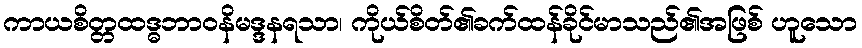
ကာယစိတ္တထဒ္ဓဘာဝနိမဒ္ဒနရသာ၊ ကိုယ်စိတ်၏ခက်ထန်ခိုင်မာသည်၏အဖြစ် ဟူသော